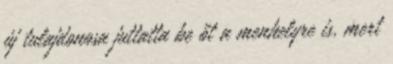
új tulajdonosa juttatta be őt a menhelyre is, mert